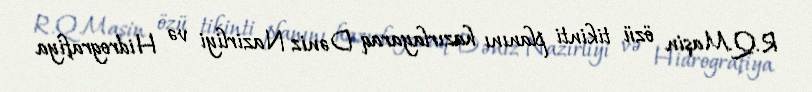
R.Q.Maşin özü tikinti planını hazırlayaraq Dəniz Nazirliyi və Hidrografiya